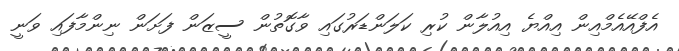
އެފްއޭއެމްއިން އިއްޔެ އިއުލާން ކުރި ކަލަންޑަރުގައި ވާގޮތުން ސީޒަން ފަށަން ނިންމާފައި ވަނީ